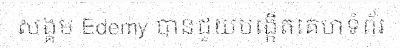
សង្គម Edemy បានជួយបង្កើតគេហទំព័រ